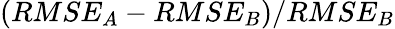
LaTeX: (RMSE_{A}-RMSE_{B})/RMSE_{B}